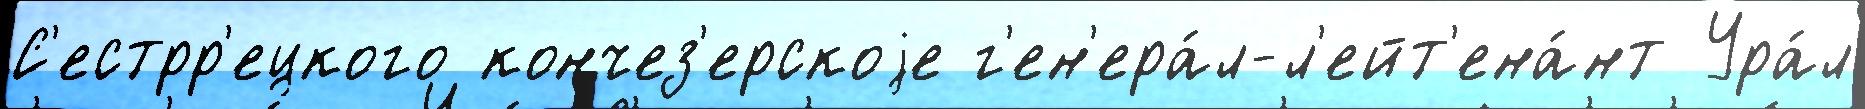
С'естрр'ецкого кончез'ерскоjе г'ен'ера́л-л'ейт'ена́нт Ура́л